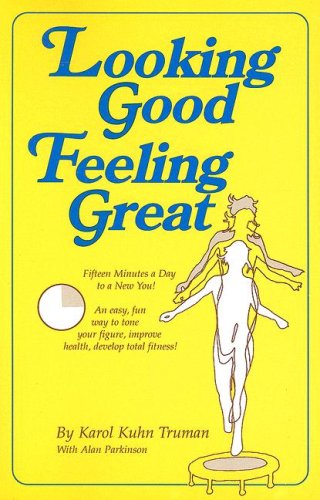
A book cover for Looking Good Feeling Great: Fifteen Minutes a Day to a New You!; Karol Kuhn Truman; Health, Fitness & Dieting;